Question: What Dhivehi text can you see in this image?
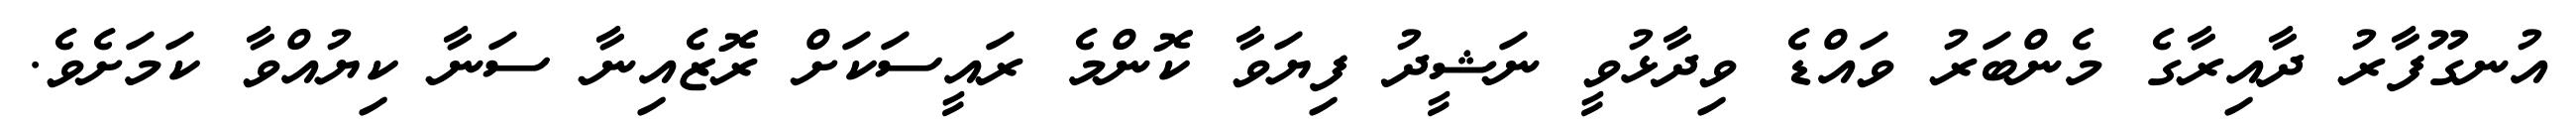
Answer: އުނގޫފާރު ދާއިރާގެ މެންބަރު ވައްޑެ ވިދާޅުވީ ނަޝީދު ފިޔަވާ ކޮންމެ ރައީސަކަށް ރޮޒެއިނާ ސަނާ ކިޔުއްވާ ކަމަށެވެ.